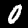
Label: 0